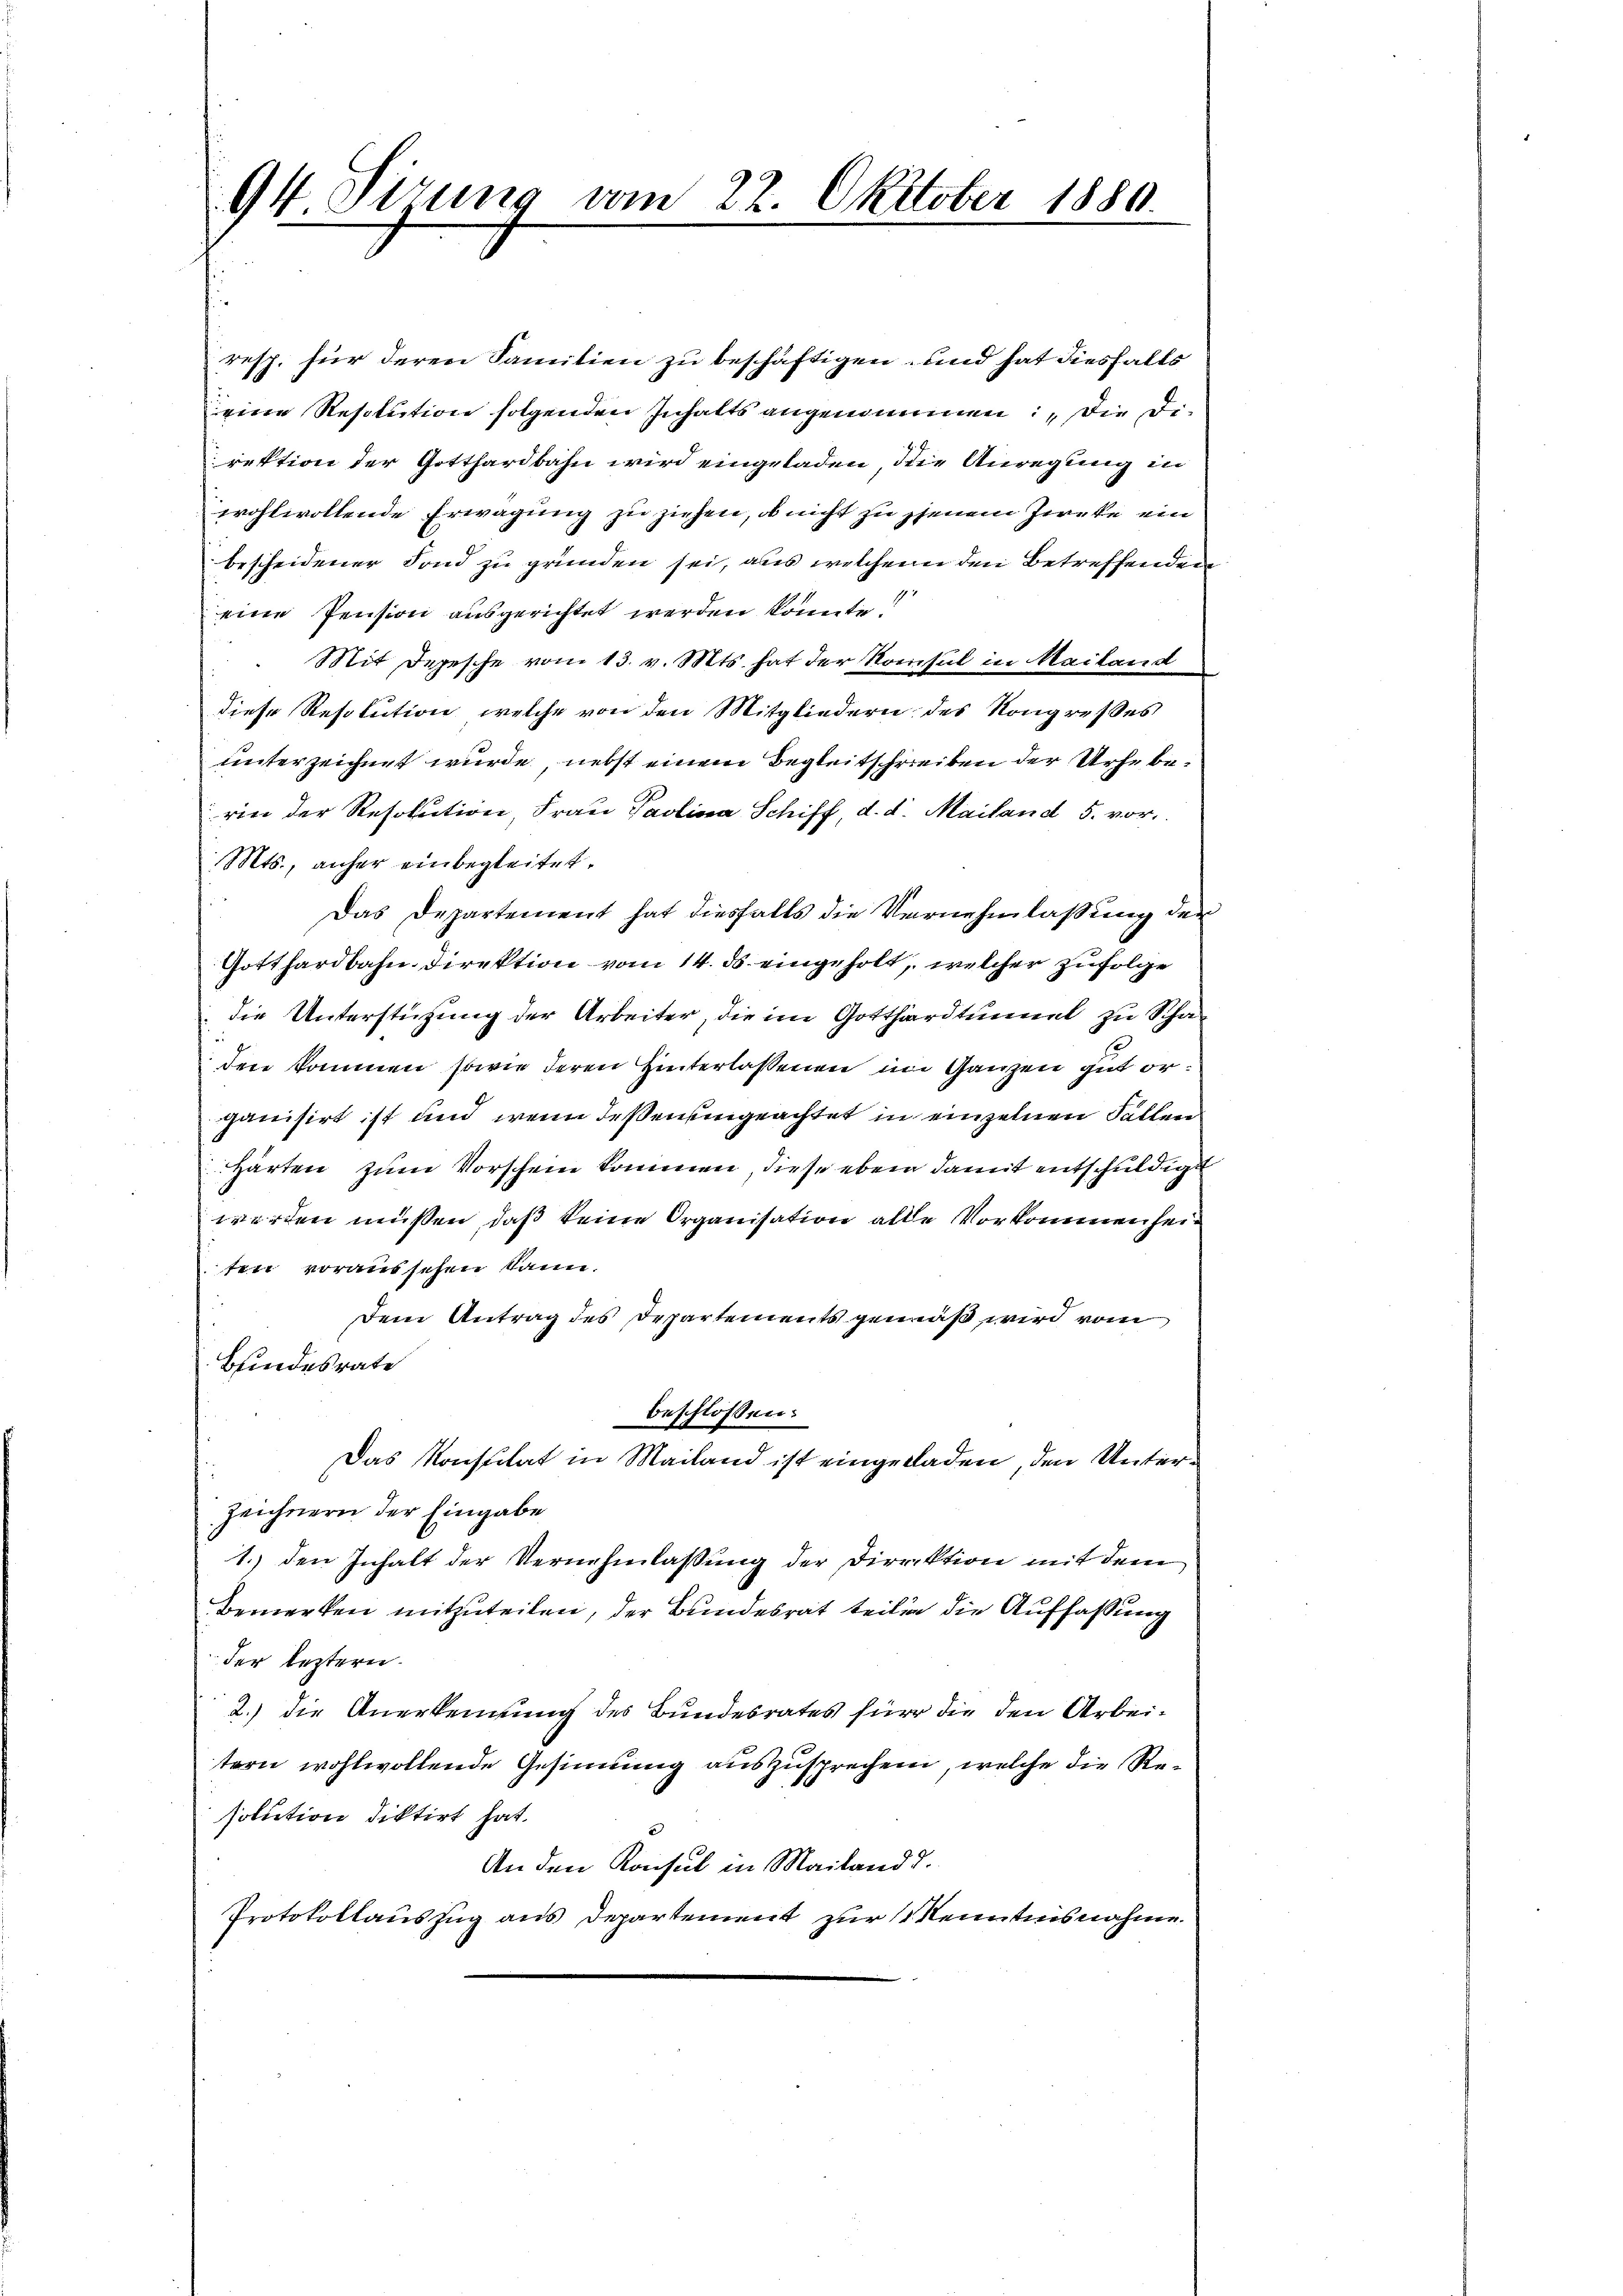
94 Sizung vom 22. Oktober 1880.

resp. für deren Familien zu beschäftigen und hat diesfalls
eine Resolution folgenden Inhalts angenommen, die Direktion der Gotthardbahn wird eingeladen, die Anregung in
wohlwollende Erwägung zu ziehen, ob nicht zu jenem Zirke ein
bescheidener Fond zu gründen sei, aus welchem den Betreffenden
eine Pension ausgerichtet werden könnte!
Mit Depesche vom 13. v. Mts. hat der Konsul in Mailand
diese Resolution, welche von den Mitgliedern des Kongresses
unterzeichnet wurde, nebst einem Begleitschreiben der Urheberie der Resolution, Frau Paolina Schiff, d. d. Mailand 5. vor.
Mts., anher einbegleitet.
Das Departement hat diesfalls die Vernehmlassung der
Gotthardbahn Direktion vom 14. ds. eingeholt, welcher zufolge
Die Unterstützung der Arbeiter, die im Gotthardtunnel zu Schaden kommen sowie deren Hinterlassenen im Ganzen gut organisirt ist und wenn deßen eingeachtet in einzelnen Fällen
Härten zum Vorschein kommen, diese eben damit entschuldigt
werden müssen, daß keine Organisation alle Vorkommenheiten voraussehen kann.
Dem Antrag des Departements gemäß wird vom
Bindesrate
beschlossen:
Das Konstitat in Mailand ist eingeladen, den Unter¬
Zeichnern der Eingabe
1.) den Inhalt der Vernehmlassung der Direktion mit dem
Bemerken mitzuteilen, der Bundesrat teilen die Auffassung
der leztern.
2.) die Anerkennung des Bundesrates für die den Arbeitern wohlwollende Gesinnung auszusprechen, welche die Resolution diktirt hat.
An den Konsul in Mailand d.
Protokollauszug aus Departement zur Kenntnisnahme.